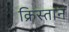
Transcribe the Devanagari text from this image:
क्रिस्तान